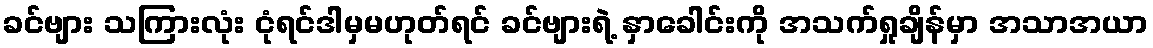
ခင်ဗျား သကြားလုံး ငုံရင်ဒါမှမဟုတ်ရင် ခင်ဗျားရဲ့ နှာခေါင်းကို အသက်ရှုချိန်မှာ အသာအယာ